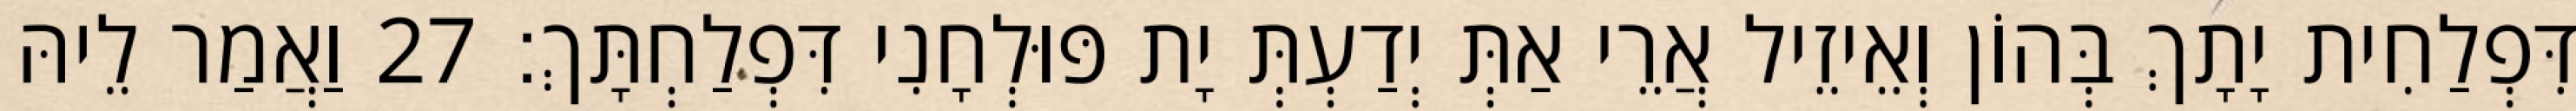
דִּפְלַחִית יָתָךְ בְּהוֹן וְאֵיזֵיל אֲרֵי אַתְּ יְדַעְתְּ יָת פּוּלְחָנִי דִּפְלַחְתָּךְ׃ 27 וַאֲמַר לֵיהּ